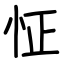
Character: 怔